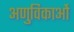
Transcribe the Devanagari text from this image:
अणुविकाओं